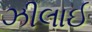
ઝીલાઈ